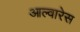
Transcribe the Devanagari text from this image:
आल्वारेस